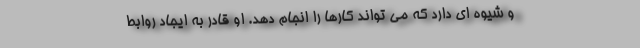
و شیوه ای دارد که می تواند کارها را انجام دهد. او قادر به ایجاد روابط